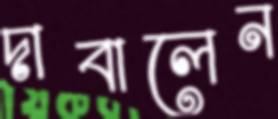
দাবালেন